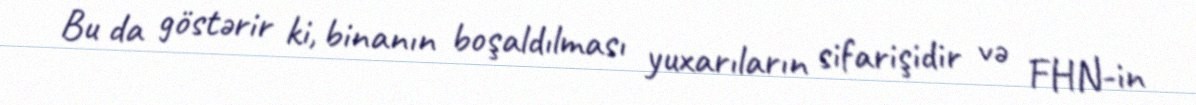
Bu da göstərir ki, binanın boşaldılması yuxarıların sifarişidir və FHN-in